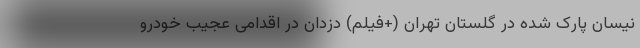
نیسان پارک شده در گلستان تهران (+فیلم) دزدان در اقدامی عجیب خودرو